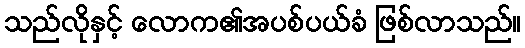
သည်လိုနှင့် လောက၏အပစ်ပယ်ခံ ဖြစ်လာသည်။